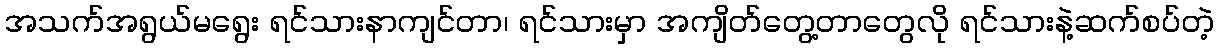
အသက်အရွယ်မရွေး ရင်သားနာကျင်တာ၊ ရင်သားမှာ အကျိတ်တွေ့တာတွေလို ရင်သားနဲ့ဆက်စပ်တဲ့